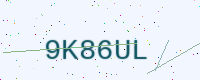
Text: 9K86UL